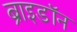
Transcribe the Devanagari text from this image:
ब्राइडॉन